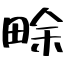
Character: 畭